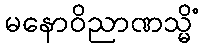
မနောဝိညာဏသ္မိံ